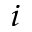
^ { i }